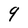
Character: q